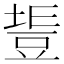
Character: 𧯧